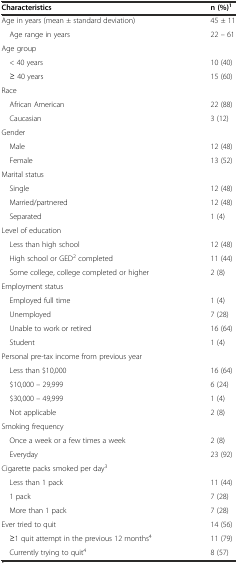
<table><thead><tr><td><b>Characteristics</b></td><td><b>n (%)<sup>1</sup></b></td></tr></thead><tbody><tr><td>Age in years (mean ± standard deviation)</td><td>45 ± 11</td></tr><tr><td> Age range in years</td><td>22 – 61</td></tr><tr><td>Age group</td><td></td></tr><tr><td> &lt; 40 years</td><td>10 (40)</td></tr><tr><td> ≥ 40 years</td><td>15 (60)</td></tr><tr><td>Race</td><td></td></tr><tr><td> African American</td><td>22 (88)</td></tr><tr><td> Caucasian</td><td>3 (12)</td></tr><tr><td>Gender</td><td></td></tr><tr><td> Male</td><td>12 (48)</td></tr><tr><td> Female</td><td>13 (52)</td></tr><tr><td>Marital status</td><td></td></tr><tr><td> Single</td><td>12 (48)</td></tr><tr><td> Married/partnered</td><td>12 (48)</td></tr><tr><td> Separated</td><td>1 (4)</td></tr><tr><td>Level of education</td><td></td></tr><tr><td> Less than high school</td><td>12 (48)</td></tr><tr><td> High school or GED<sup>2</sup> completed</td><td>11 (44)</td></tr><tr><td> Some college, college completed or higher</td><td>2 (8)</td></tr><tr><td>Employment status</td><td></td></tr><tr><td> Employed full time</td><td>1 (4)</td></tr><tr><td> Unemployed</td><td>7 (28)</td></tr><tr><td> Unable to work or retired</td><td>16 (64)</td></tr><tr><td> Student</td><td>1 (4)</td></tr><tr><td>Personal pre-tax income from previous year</td><td></td></tr><tr><td> Less than $10,000</td><td>16 (64)</td></tr><tr><td> $10,000 – 29,999</td><td>6 (24)</td></tr><tr><td> $30,000 – 49,999</td><td>1 (4)</td></tr><tr><td> Not applicable</td><td>2 (8)</td></tr><tr><td>Smoking frequency</td><td></td></tr><tr><td> Once a week or a few times a week</td><td>2 (8)</td></tr><tr><td> Everyday</td><td>23 (92)</td></tr><tr><td>Cigarette packs smoked per day<sup>3</sup></td><td></td></tr><tr><td> Less than 1 pack</td><td>11 (44)</td></tr><tr><td> 1 pack</td><td>7 (28)</td></tr><tr><td> More than 1 pack</td><td>7 (28)</td></tr><tr><td>Ever tried to quit</td><td>14 (56)</td></tr><tr><td> ≥1 quit attempt in the previous 12 months<sup>4</sup></td><td>11 (79)</td></tr><tr><td> Currently trying to quit<sup>4</sup></td><td>8 (57)</td></tr></tbody></table>